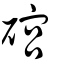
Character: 䃔